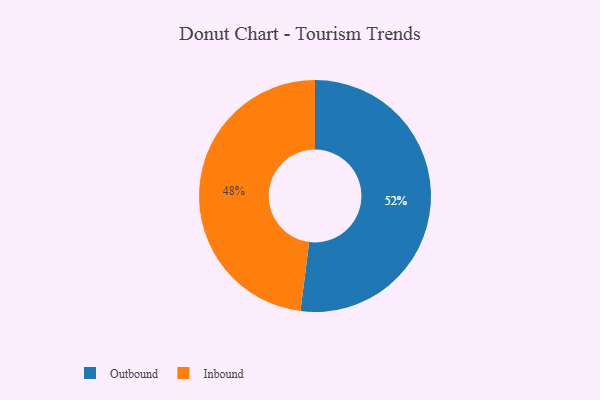
{"axis": {"x": "Category", "y": "Percentage"}, "legend": ["Inbound", "Outbound"], "data": [{"x": "Inbound", "y": 48, "type": "Inbound"}, {"x": "Outbound", "y": 52, "type": "Outbound"}]}